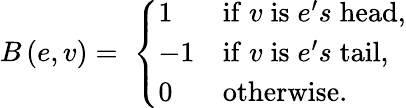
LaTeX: B\left(e,v\right)=\; \left\lbrace\begin{array}{ll}{1}&{\mathrm{if}\; v\; \mathrm{is}\; e^{\prime}s\; \mathrm{head},}\\ {-1}&{\mathrm{if}\; v\; \mathrm{is}\; e^{\prime}s\; \mathrm{tail},}\\ {0}&{\mathrm{otherwise}\ldotp}\end{array}\right.